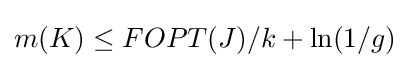
m(K)\leq FOPT(J)/k+\ln(1/g)